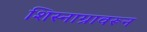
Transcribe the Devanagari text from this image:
शिस्नाग्रावरून